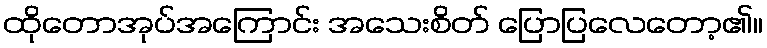
ထိုတောအုပ်အကြောင်း အသေးစိတ် ပြောပြလေတော့၏။